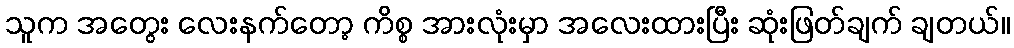
သူက အတွေး လေးနက်တော့ ကိစ္စ အားလုံးမှာ အလေးထားပြီး ဆုံးဖြတ်ချက် ချတယ်။